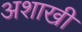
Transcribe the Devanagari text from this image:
अशाखी